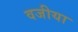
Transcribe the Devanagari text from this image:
वजीया